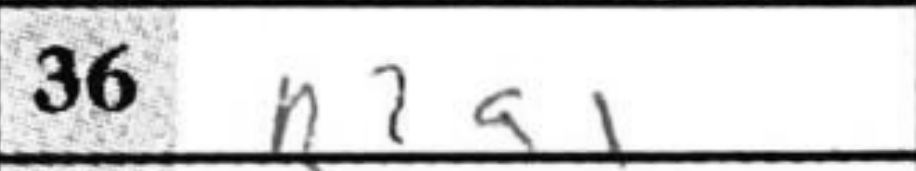
Transcription: R2a1